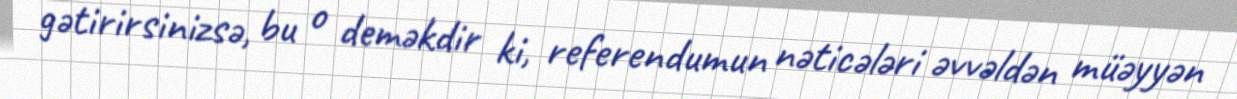
gətirirsinizsə, bu o deməkdir ki, referendumun nəticələri əvvəldən müəyyən